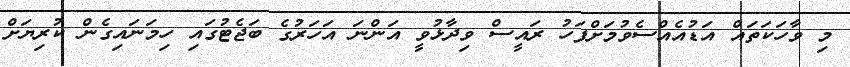
މި ވާހަކަތައް އަޑުއެއްސެވުމަށްފަހު ރައީސް ވިދާޅުވީ އަންނަ އަހަރުގެ ބަޖެޓުގައި ހިމަނައިގެން ކުރިޔަށް